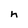
Character: h